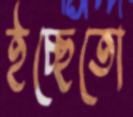
ইচ্ছেতো